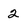
Character: 2